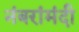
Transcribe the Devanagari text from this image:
नंबरांमंदी